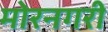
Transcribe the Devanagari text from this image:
मोरनगरी